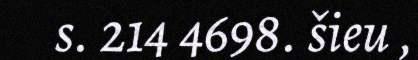
s. 214 4698. šieu ,